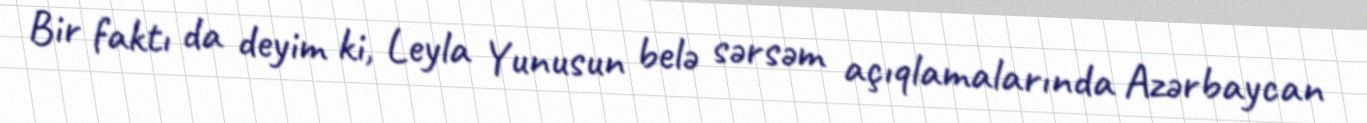
Bir faktı da deyim ki, Leyla Yunusun belə sərsəm açıqlamalarında Azərbaycan